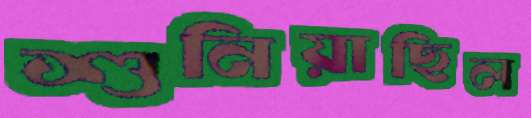
শুনিয়াছিল